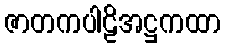
ဇာတကပါဠိအဋ္ဌကထာ